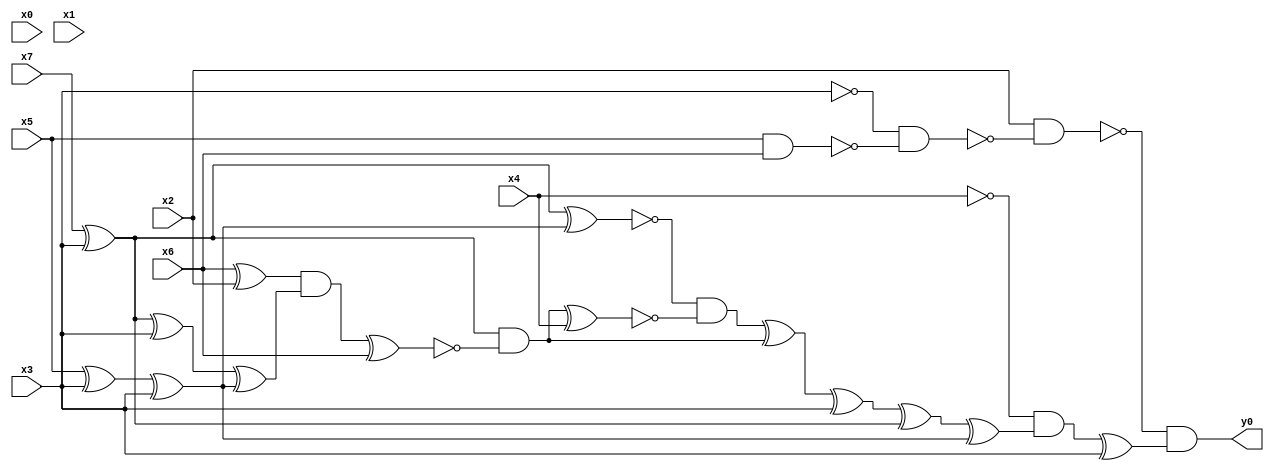
module top( x0 , x1 , x2 , x3 , x4 , x5 , x6 , x7 , y0 );
  input x0 , x1 , x2 , x3 , x4 , x5 , x6 , x7 ;
  output y0 ;
  wire n9 , n10 , n11 , n12 , n13 , n14 , n15 , n16 , n17 , n18 , n19 , n20 , n21 , n22 , n23 , n24 , n25 , n26 , n27 , n28 , n29 , n30 ;
  assign n9 = x5 & x6 ;
  assign n10 = ~x3 & ~n9 ;
  assign n11 = x2 & ~n10 ;
  assign n14 = x7 ^ x3 ;
  assign n12 = x5 ^ x3 ;
  assign n13 = n12 ^ x3 ;
  assign n15 = n14 ^ n13 ;
  assign n16 = x6 ^ x2 ;
  assign n17 = n14 ^ x3 ;
  assign n18 = n17 ^ n13 ;
  assign n19 = n16 & n18 ;
  assign n20 = n19 ^ x6 ;
  assign n21 = n14 & ~n20 ;
  assign n22 = n21 ^ x4 ;
  assign n23 = ~n15 & ~n22 ;
  assign n24 = n23 ^ n21 ;
  assign n25 = n24 ^ x3 ;
  assign n26 = n25 ^ n14 ;
  assign n27 = n26 ^ n13 ;
  assign n28 = ~x4 & n27 ;
  assign n29 = n28 ^ x3 ;
  assign n30 = ~n11 & n29 ;
  assign y0 = n30 ;
endmodule